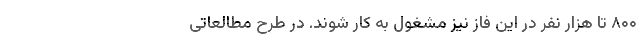
۸۰۰ تا هزار نفر در این فاز نیز مشغول به کار شوند. در طرح مطالعاتی